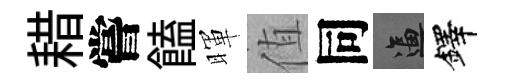
耤嘗饁暉值同逼鐸